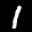
Label: 1